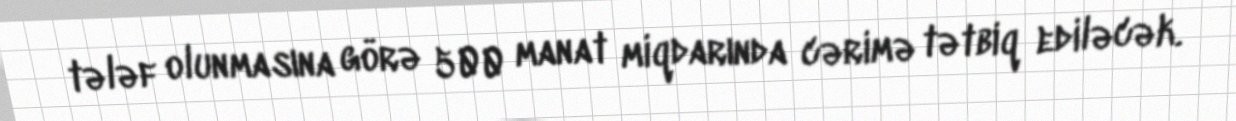
tələf olunmasına görə 500 manat miqdarında cərimə tətbiq ediləcək.